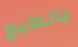
بالطبع